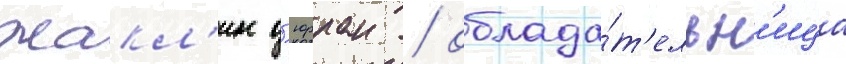
Жакл'ин д'юрран / облада́т'ельн'ица